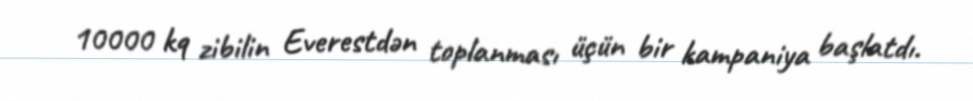
10000 kq zibilin Everestdən toplanması üçün bir kampaniya başlatdı.